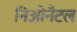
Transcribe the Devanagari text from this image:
निओनैटल